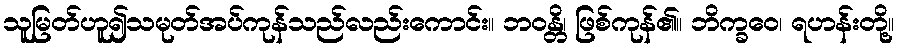
သူမြတ်ဟူ၍သမုတ်အပ်ကုန်သည်လည်းကောင်း။ ဘဝန္တိ၊ ဖြစ်ကုန်၏။ ဘိက္ခဝေ၊ ရဟန်းတို့။